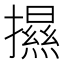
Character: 𢷑